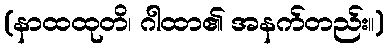
(နာထထုတိ၊ ဂါထာ၏ အနက်တည်း။)